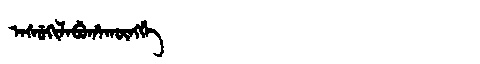
Manchu: ᠠᠰᡠᡴᡳᠯᠠᠪᡠᡥᠠᡴᡡᠩᡤᡝ
Romanization: ASUKILABUHAKŪNGGE